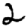
Digit: 2